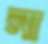
না